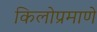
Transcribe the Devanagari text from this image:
किलोप्रमाणे